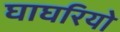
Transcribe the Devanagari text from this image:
घाघरियो